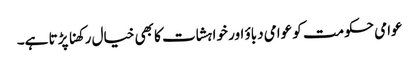
عوامی حکومت کو عوامی دباؤ اور خواہشات کا بھی خیال رکھنا پڑتا ہے۔